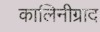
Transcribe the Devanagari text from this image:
कालिनीग्राद